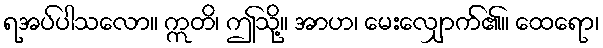
ရအပ်ပါသလော။ ဣတိ၊ ဤသို့။ အာဟ၊ မေးလျှောက်၏။ ထေရော၊